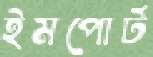
ইমপোর্ট